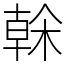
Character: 榦